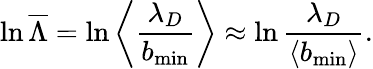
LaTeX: \ln\overline{{\Lambda}}=\ln\left\langle\frac{{{\lambda}_{D}}}{{{b}_{\operatorname*{min}}}}\right\rangle\approx\ln\frac{{{\lambda}_{D}}}{\left\langle{{b}_{\operatorname*{min}}}\right\rangle}.